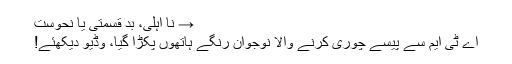
→ نا اہلی، بد قسمتی یا نحوست
اے ٹی ایم سے پیسے چوری کرنے والا نوجوان رنگے ہاتھوں پکڑا گیا، وڈیو دیکھئے!